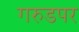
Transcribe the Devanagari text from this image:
गरुडपर